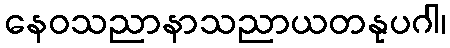
နေဝသညာနာသညာယတနုပဂါ၊